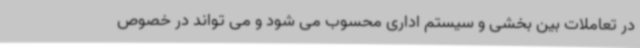
در تعاملات بین بخشی و سیستم اداری محسوب می شود و می تواند در خصوص